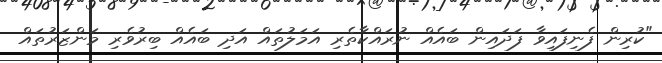
"ކުރިން ފެނިފައިވާ ފަދައިން ބައެއް ނުރައްކާތެރި އަމަލުތައް އަދި ބައެއް ބިރުވެރި މަންޒަރުތައް